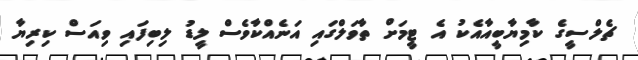
ޗެލްސީގެ ކާމިޔާބީއާއެކު އެ ޓީމަށް ތާވަލްގައި އަނެއްކާވެސް ލީޑު ލިބިފައި ވިއަސް ކިރިޔާ